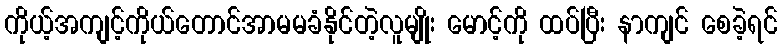
ကိုယ့်အကျင့်ကိုယ်တောင်အာမမခံနိုင်တဲ့လူမျိုး မောင့်ကို ထပ်ပြီး နာကျင် စေခဲ့ရင်